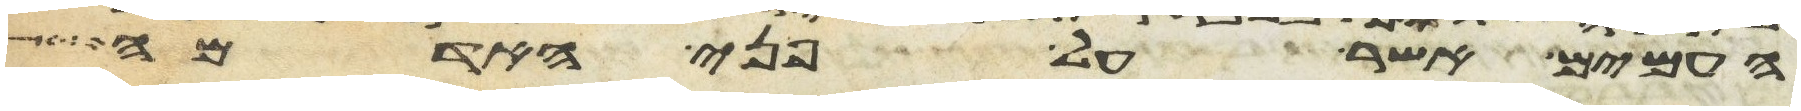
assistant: העמים אשר על פני האדמה